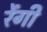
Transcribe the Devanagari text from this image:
रेंगी